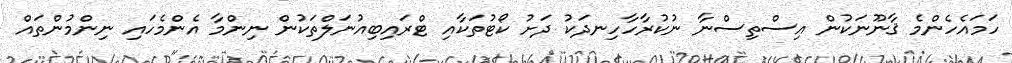
ހަމައެހެންމެ ޤާނޫނަކުން އިސްތިސްނާ ނުކުރާހާހިނދަކު ދަށު ކޯޓުތަކާއި ޓްރައިބިއުނަލްތަކުން ނިންމާ އެންމެހައި ނިންމުންތައް